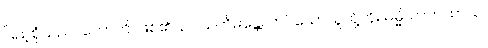
ပြည့်စုံသည်။ ဟောတိ၊ ဖြစ်၏။ ဥပသင်္ကမန္တေ၊ ကပ်သောသူတို့ကို။ ဓမ္မိယာကထာယ၊